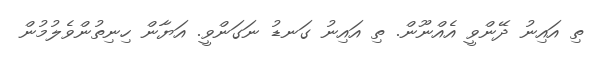
ތި އައިނު ދޭންވީ އެއްނޫން. ތި އައިނު ގަނޑު ނަގަންވީ. އަޔާން ހިނިތުންވެލުމުން